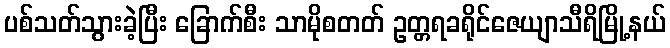
ပစ်သတ်သွားခဲ့ပြီး ခြောက်စီး သာမိုစတတ် ဥတ္တရခရိုင်ဇေယျာသီရိမြို့နယ်